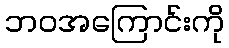
ဘဝအကြောင်းကို